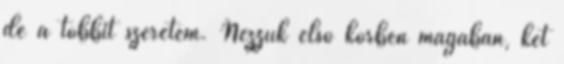
de a többit szeretem. Nézzük első körben magában, két